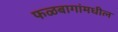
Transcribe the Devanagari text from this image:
फळबागांमधील